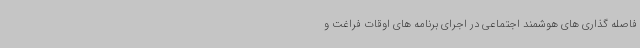
فاصله گذاری های هوشمند اجتماعی در اجرای برنامه های اوقات فراغت و